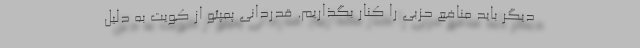
دیگر باید منافع حزبی را کنار بگذاریم. قدردانی پمپئو از کویت به دلیل